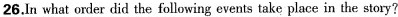
26.In what order did the following events take place in the story?